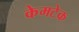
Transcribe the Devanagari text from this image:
केमटेक